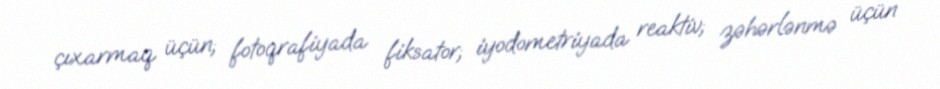
çıxarmaq üçün; fotoqrafiyada fiksator; iyodometriyada reaktiv; zəhərlənmə üçün